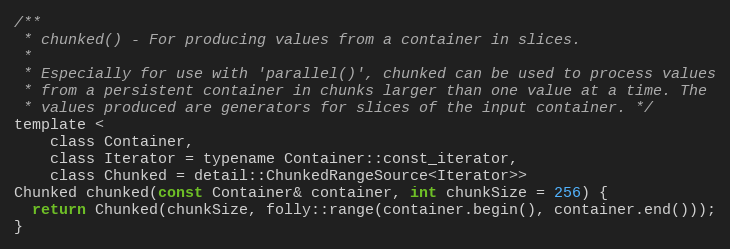
Language: C
/**
 * chunked() - For producing values from a container in slices.
 *
 * Especially for use with 'parallel()', chunked can be used to process values
 * from a persistent container in chunks larger than one value at a time. The
 * values produced are generators for slices of the input container. */
template <
    class Container,
    class Iterator = typename Container::const_iterator,
    class Chunked = detail::ChunkedRangeSource<Iterator>>
Chunked chunked(const Container& container, int chunkSize = 256) {
  return Chunked(chunkSize, folly::range(container.begin(), container.end()));
}